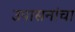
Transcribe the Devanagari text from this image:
उपासनांचा